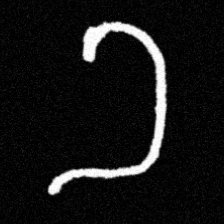
Pyu character \u2014 Myanmar letter: ခ (romanized: kha)